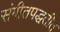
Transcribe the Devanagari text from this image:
संगीतपद्धतीत